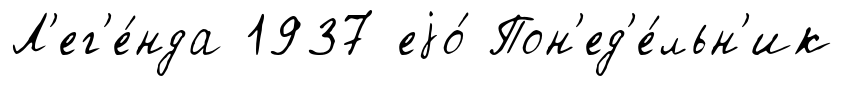
Л'ег'е́нда 1937 еjо́ Пон'ед'е́льн'ик